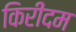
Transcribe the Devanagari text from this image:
किरीदम